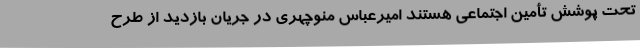
تحت پوشش تأمین اجتماعی هستند امیرعباس منوچهری در جریان بازدید از طرح